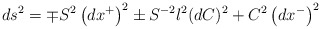
\begin{align*}ds^{2}=\mp S^{2}\left( dx^{+}\right) ^{2}\pm S^{-2}l^{2}(dC)^{2}+C^{2}\left(dx^{-}\right) ^{2} \end{align*}